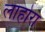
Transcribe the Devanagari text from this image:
लाहोरा